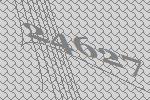
24627